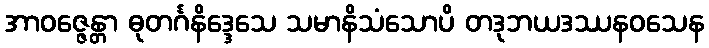
အာဝဇ္ဇေန္တာ ဓုတင်္ဂနိဒ္ဒေသေ သမာနိသံသောပိ တဒုဘယဒဿနဝသေန